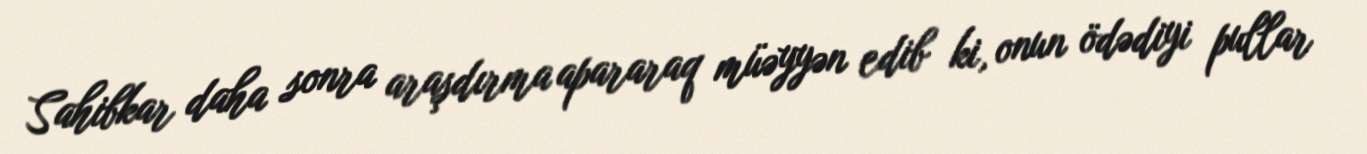
Sahibkar daha sonra araşdırma apararaq müəyyən edib ki, onun ödədiyi pullar